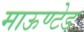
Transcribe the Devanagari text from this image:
माऊण्टेड